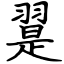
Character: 翨